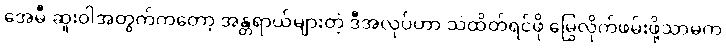
အေမီ ဆူးဝါအတွက်ကတော့ အန္တရာယ်များတဲ့ ဒီအလုပ်ဟာ သဲထိတ်ရင်ဖို မြွေလိုက်ဖမ်းဖို့သာမက